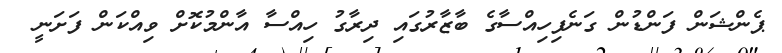
ޕެންޝަން ފަންޑުން ގަނެފިހިއްސާގެ ބާޒާރުގައި ދިރާގު ހިއްސާ އާންމުކޮށް ވިއްކަން ފަށަނީ